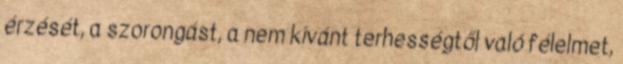
érzését, a szorongást, a nem kívánt terhességtől való félelmet,